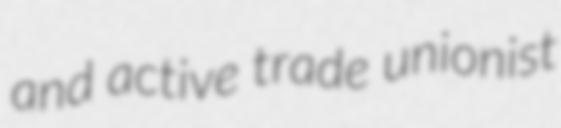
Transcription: and active trade unionist